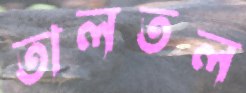
তালতল